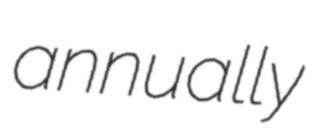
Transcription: annually